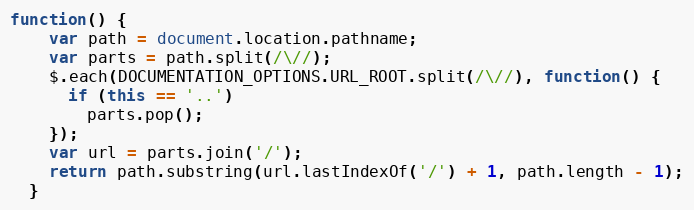
Language: JavaScript
function() {
    var path = document.location.pathname;
    var parts = path.split(/\//);
    $.each(DOCUMENTATION_OPTIONS.URL_ROOT.split(/\//), function() {
      if (this == '..')
        parts.pop();
    });
    var url = parts.join('/');
    return path.substring(url.lastIndexOf('/') + 1, path.length - 1);
  }